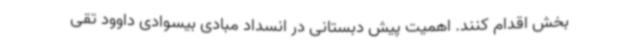
بخش اقدام کنند. اهمیت پیش دبستانی در انسداد مبادی بیسوادی داوود تقی